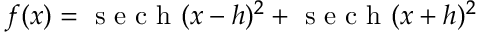
f ( x ) = \mathrm { ~ s ~ e ~ c ~ h ~ } ( x - h ) ^ { 2 } + \mathrm { ~ s ~ e ~ c ~ h ~ } ( x + h ) ^ { 2 }